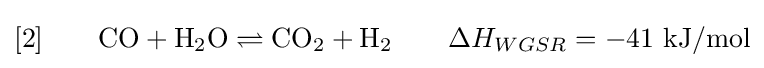
[2]\qquad \mathrm {CO} +\mathrm {H} _{2}\mathrm {O} \rightleftharpoons \mathrm {CO} _{2}+\mathrm {H} _{2}\qquad \Delta H_{WGSR}=-41\ \mathrm {kJ/mol}